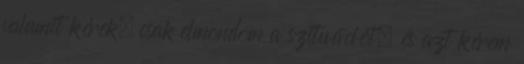
valamit kérek, csak elmondom a szituációt, és azt kérem